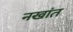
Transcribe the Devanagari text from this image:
नखांत